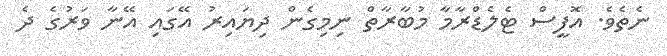
ނެތެވެ. އޮފީސް ޓެލެޑްރާމާ މުބާރާތް ނިމިގެން ދިޔައިރު އޭގައި އޭނާ ވަރުގެ ދެ